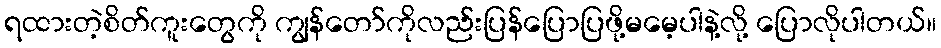
ရထားတဲ့စိတ်ကူးတွေကို ကျွန်တော်ကိုလည်းပြန်ပြောပြဖို့မမေ့ပါနဲ့လို့ ပြောလိုပါတယ်။